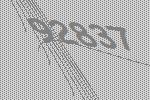
92837